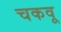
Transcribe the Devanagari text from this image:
चकवू